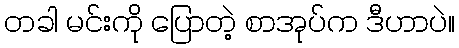
တခါ မင်းကို ပြောတဲ့ စာအုပ်က ဒီဟာပဲ။